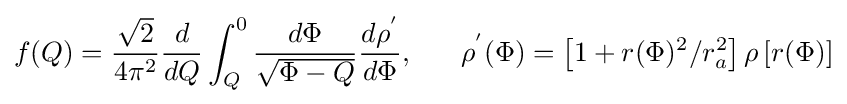
f(Q)={{\sqrt {2}} \over 4\pi ^{2}}{d \over dQ}\int _{Q}^{0}{d\Phi  \over {\sqrt {\Phi -Q}}}{d\rho ^{'} \over d\Phi },\ \ \ \ \ \rho ^{'}(\Phi )=\left[1+r(\Phi )^{2}/r_{a}^{2}\right]\rho \left[r(\Phi )\right]